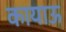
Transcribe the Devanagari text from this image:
कायाऊ